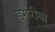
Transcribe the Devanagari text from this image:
डगरीया